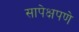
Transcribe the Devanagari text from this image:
सापेक्षपणे